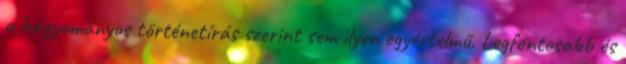
a hagyományos történetírás szerint sem ilyen egyértelmű. Legfontosabb és